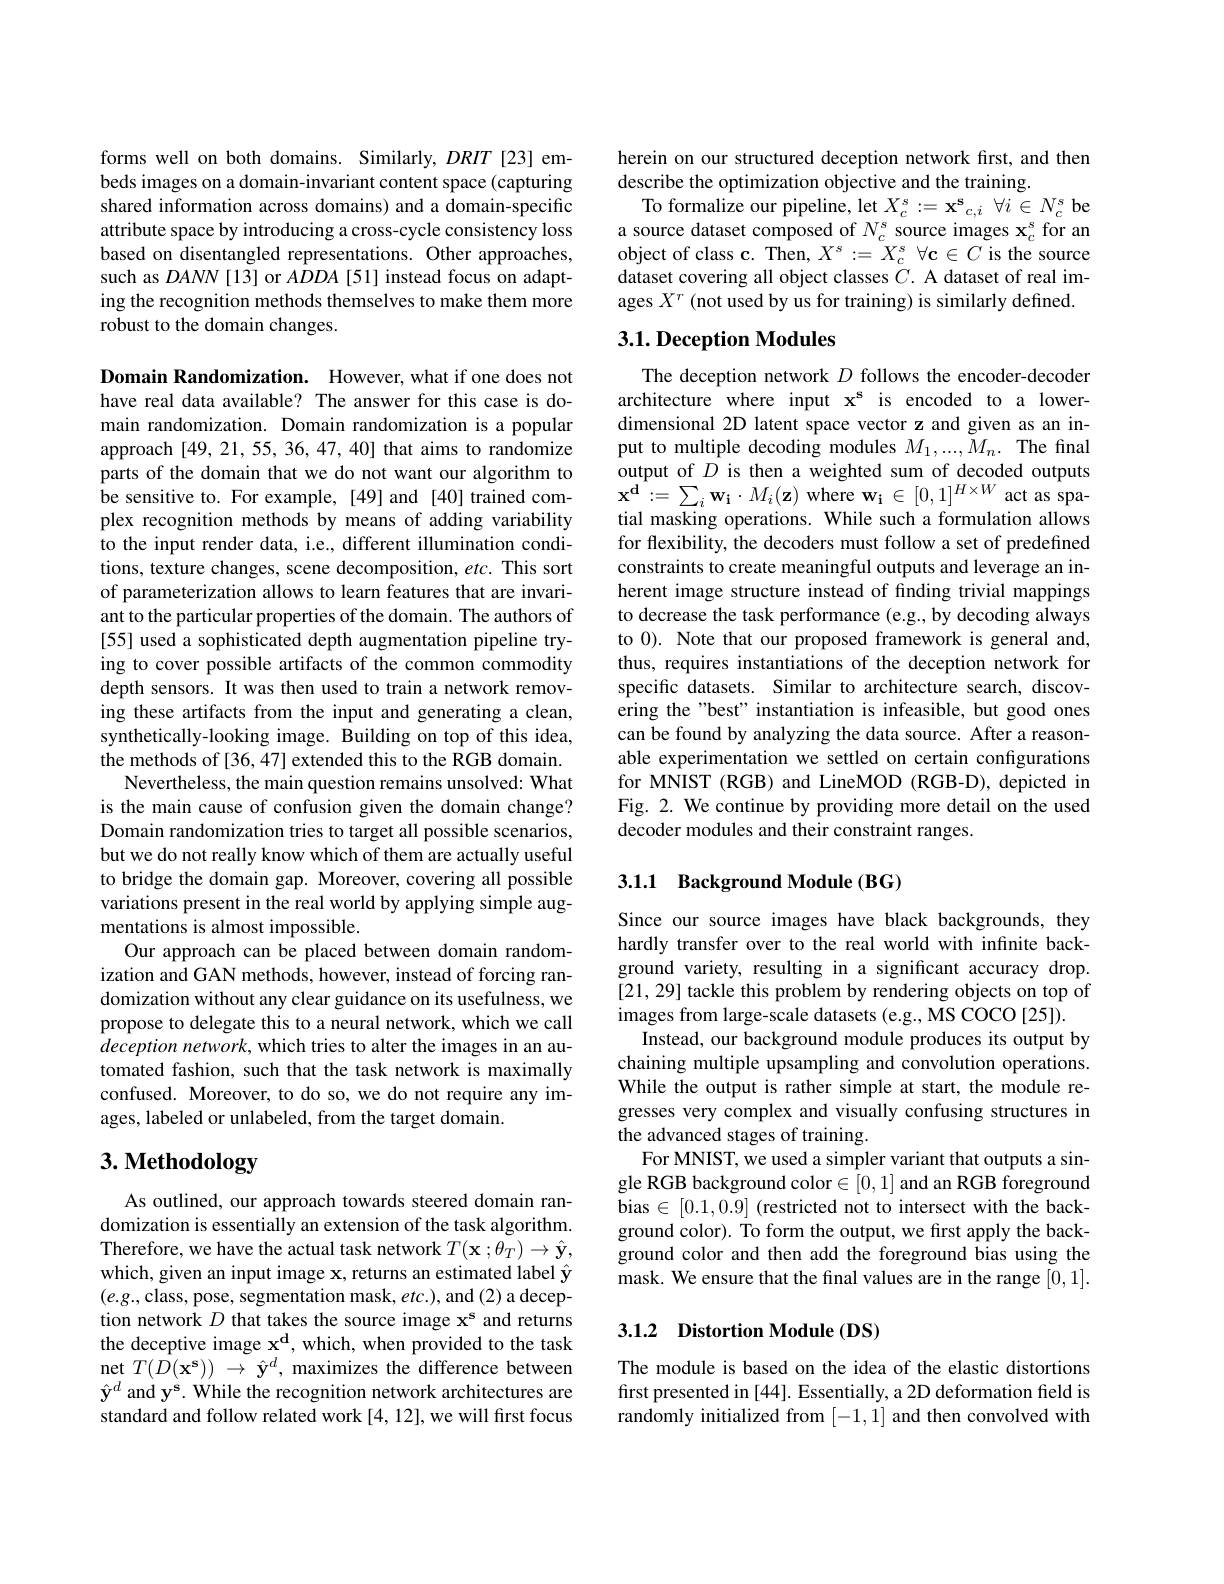
forms well on both domains. Similarly, $DRIT$ [23] embeds images on a domain-invariant content space (capturing shared information across domains) and a domain-specific attribute space by introducing a cross-cycle consistency loss based on disentangled representations. Other approaches, such as $DANN[13]$ or $ADDA[51]$ instead focus on adapting the recognition methods themselves to make them more robust to the domain changes.

Domain Randomization. However, what if one does not have real data available? The answer for this case is domain randomization. Domain randomization is a popular approach [49,21,55,36,47,40] that aims to randomize parts of the domain that we do not want our algorithm to be sensitive to. For example, [49] and [40] trained complex recognition methods by means of adding variability to the input render data, i.e., different illumination conditions, texture changes, scene decomposition, etc. This sort of parameterization allows to learn features that are invariant to the particular properties of the domain. The authors of [55] used a sophisticated depth augmentation pipeline trying to cover possible artifacts of the common commodity depth sensors. It was then used to train a network removing these artifacts from the input and generating a clean, synthetically-looking image. Building on top of this idea, the methods of [36,47] extended this to the RGB domain.
Nevertheless, the main question remains unsolved: What is the main cause of confusion given the domain change? Domain randomization tries to target all possible scenarios, but we do not really know which of them are actually useful to bridge the domain gap. Moreover, covering all possible variations present in the real world by applying simple augmentations is almost impossible.
Our approach can be placed between domain randomization and GAN methods, however, instead of forcing randomization without any clear guidance on its usefulness, we propose to delegate this to a neural network, which we call $deception network, $which tries to alter the images in an au- tomated fashion, such that the task network is maximally confused. Moreover, to do so, we do not require any images, labeled or unlabeled, from the target domain.
3. Methodology

As outlined, our approach towards steered domain randomization is essentially an extension of the task algorithm. Therefore, we have the actual task network $T(\mathbf{x};\theta_{T})\to\hat{\mathbf{y}}$, which, given an input image x, returns an estimated label $\hat{\mathbf{y}}$ $(e.g.$,class, pose, segmentation mask, etc.), and (2) a deception network $D$ that takes the source image x$^\mathrm{s}$ and returns the deceptive image $\mathbf{x^d,which,whenprovidedtothetask}$ net $T(D(\mathbf{x^{s}}))~\to~\hat{\mathbf{y}}^d,~$maximizes the difference between $\hat{\mathbf{y}}^d$ and y$^\mathbf{s}.$ While the recognition network architectures are standard and follow related work [4, 12], we will first focus

herein on our structured deception network first, and then
describe the optimization objective and the training.
To formalize our pipeline, let $X_{c}^{s}: = \mathbf{x} _{c, i}^{\mathbf{s} }$ $\forall i\in N_{c}^{s}$ be a source dataset composed of $N_c^s$ source images $\mathbf{x}_c^s$ for an object of class c. Then, $X^s:=X_c^s$ $\forall\mathbf{c}\in C$ is the source dataset covering all object classes $C.$ A dataset of real images $X^r$ (not used by us for training) is similarly defined.

## $3. 1. \textbf{Deception Modules}$

The deception network $D$ follows the encoder-decoder architecture where input x$^\mathrm{s}$ is encoded to a lowerdimensional 2D latent space vector z and given as an input to multiple decoding modules $M_1,...,M_n.$ The final $\begin{array}{l}\text{output of }D\text{ is then a weighted sum of decoded outputs}\\\mathbf{x^d:=\sum_i\mathbf{w_i}\cdot M_i(\mathbf{z})\mathrm{~where~w_i~\in~[0,1]^{H\times W}\mathrm{~act~as~spa-}} {array}}\end{array}$ tial masking operations. While such a formulation allows for flexibility, the decoders must follow a set of predefined constraints to create meaningful outputs and leverage an inherent image structure instead of finding trivial mappings to decrease the task performance (e.g., by decoding always to 0). Note that our proposed framework is general and, thus, requires instantiations of the deception network for specific datasets. Similar to architecture search, discovering the "best" instantiation is infeasible, but good ones can be found by analyzing the data source. After a reasonable experimentation we settled on certain configurations for MNIST (RGB) and LineMOD (RGB-D), depicted in Fig. 2. We continue by providing more detail on the used decoder modules and their constraint ranges.

## 3.1.1 Background Module (BG)

Since our source images have black backgrounds, they hardly transfer over to the real world with infinite background variety, resulting in a significant accuracy drop. [21, 29] tackle this problem by rendering objects on top of images from large-scale datasets (e.g., MS COCO [25]).
Instead, our background module produces its output by chaining multiple upsampling and convolution operations. While the output is rather simple at start, the module regresses very complex and visually confusing structures in the advanced stages of training.
For MNIST, we used a simpler variant that outputs a single RGB background color$\in[0,1]$ and an RGB foreground bias $\in[0.1,0.9]$ (restricted not to intersect with the background color). To form the output, we first apply the background color and then add the foreground bias using the mask. We ensure that the final values are in the range [0,1].

## 3.1.2 Distortion Module (DS)

The module is based on the idea of the elastic distortions first presented in [44]. Essentially, a 2D deformation field is randomly initialized from [-1,1] and then convolved with